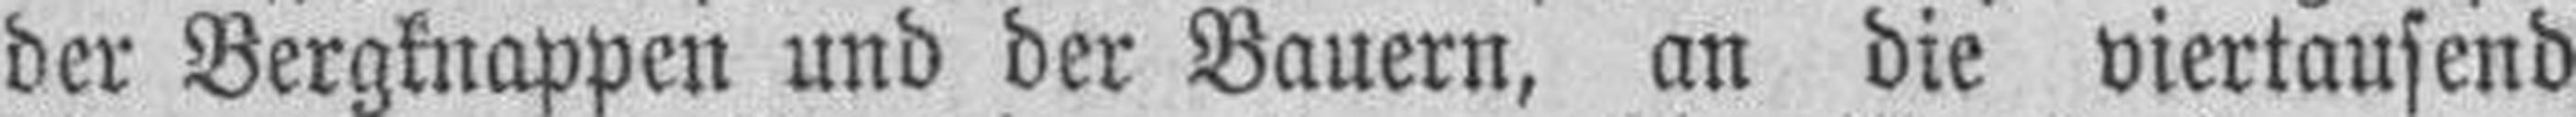
der Bergknappen und der Bauern, an die viertausend